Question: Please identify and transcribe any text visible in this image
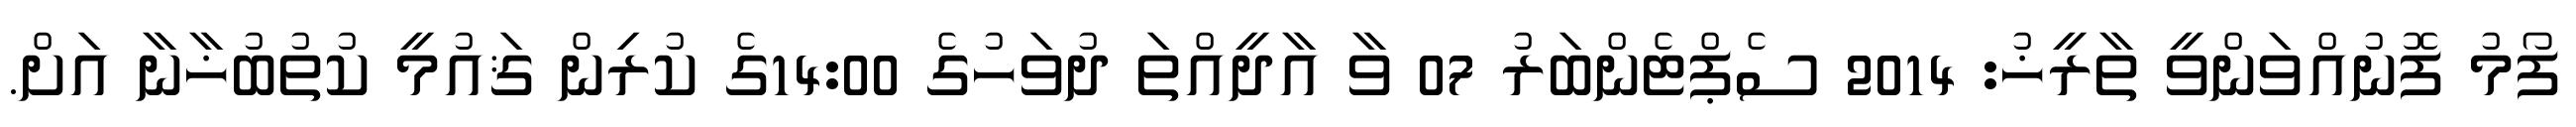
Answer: ފޯމު ފޮނުއްވަންވީ ތާރީޚު: 2014 ސެޕްޓެންބަރު 07 ވާ އާދީއްތަ ދުވަހުގެ 14:00ގެ ކުރިން ޤައުމީ ކުތުބުޚާނާ އަށް.